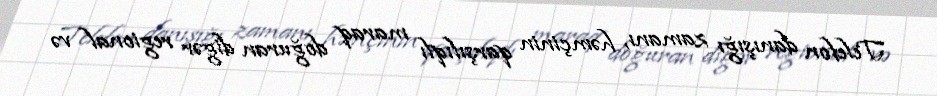
Telefon danışığı zamanı, həmçinin qarşılıqlı maraq doğuran digər regional və